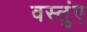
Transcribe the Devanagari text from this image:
वस्तुंए